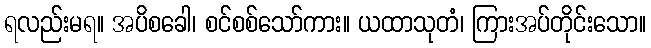
ရလည်းမရ။ အပိစခေါ၊ စင်စစ်သော်ကား။ ယထာသုတံ၊ ကြားအပ်တိုင်းသော။